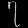
Digit: ၇